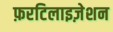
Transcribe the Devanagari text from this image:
फ़रटिलाइज़ेशन